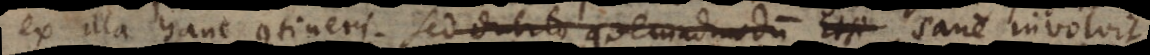
illa hanc contineri. Sed dubito quemadmodum Etsi Sane involvit